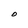
Character: O